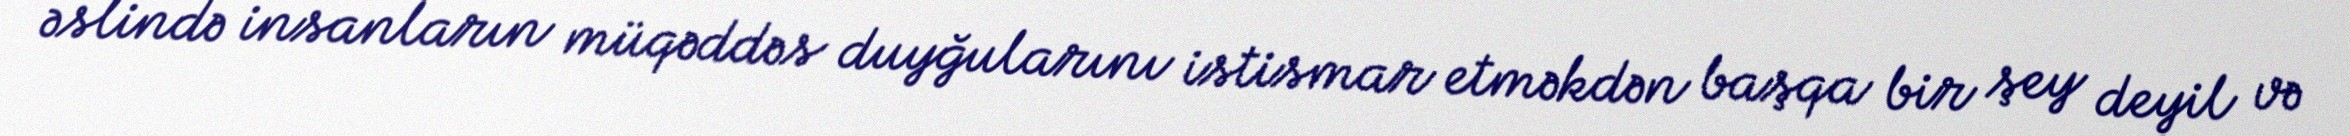
əslində insanların müqəddəs duyğularını istismar etməkdən başqa bir şey deyil və